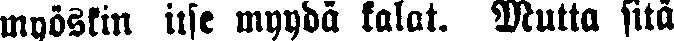
myöskin itse myydä kalat. Mutta sitä